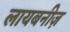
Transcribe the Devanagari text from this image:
लायबनीज़